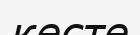
кесте